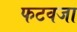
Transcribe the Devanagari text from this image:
फटवजा